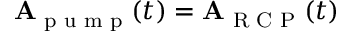
\mathbf { A } _ { \textrm { p u m p } } ( t ) = \mathbf { A } _ { \textrm { R C P } } ( t )